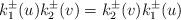
LaTeX: \begin{align*}k_{1}^{\pm}(u)k_{2}^{\pm}(v)=k_{2}^{\pm}(v)k_{1}^{\pm}(u)\end{align*}